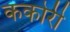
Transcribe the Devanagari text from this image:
ककोरी